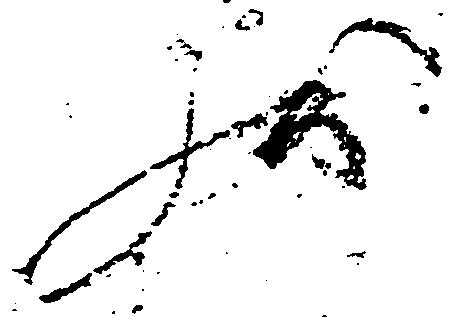
状